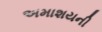
અમાશયની